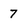
Character: 7